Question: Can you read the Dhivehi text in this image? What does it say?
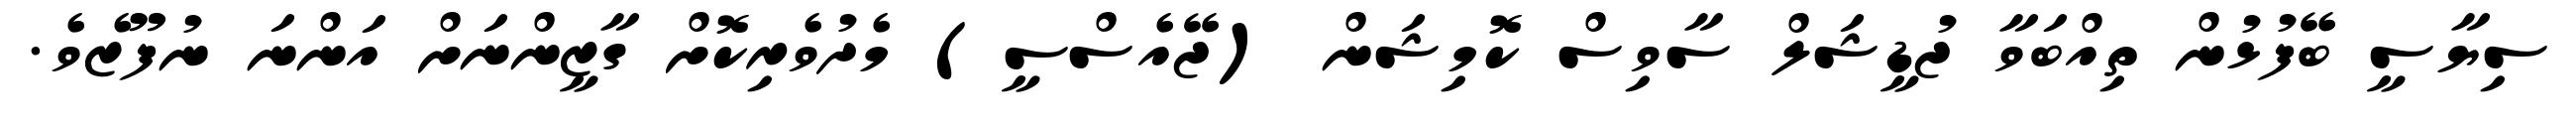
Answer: ސިޔާސީ ބޭފުޅުން ތިއްބަވާ ޖުޑީޝަލް ސާވިސް ކޮމިޝަން (ޖޭއެސްސީ) މެދުވެރިކޮށް ގާޒީންނަށް އަންނަ ނުފޫޒެވެ.